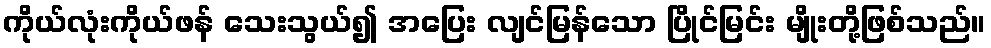
ကိုယ်လုံးကိုယ်ဖန် သေးသွယ်၍ အပြေး လျင်မြန်သော ပြိုင်မြင်း မျိုးတို့ဖြစ်သည်။